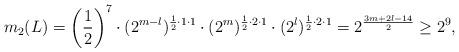
LaTeX: \begin{align*}m_2(L)=\left(\frac{1}{2}\right)^7\cdot (2^{m-l})^{\frac{1}{2}\cdot 1\cdot 1}\cdot (2^{m})^{\frac{1}{2}\cdot 2\cdot 1}\cdot (2^{l})^{\frac{1}{2}\cdot 2\cdot 1}=2^{\frac{3m+2l-14}{2}}\geq 2^9,\end{align*}